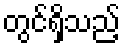
တွင်ရှိသည့်